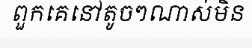
ពួកគេនៅតូចៗណាស់មិន